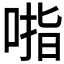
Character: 𰈃